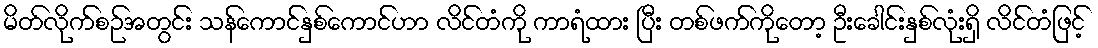
မိတ်လိုက်စဉ်အတွင်း သန်ကောင်နှစ်ကောင်ဟာ လိင်တံကို ကာရံထား ပြီး တစ်ဖက်ကိုတော့ ဦးခေါင်းနှစ်လုံးရှိ လိင်တံဖြင့်